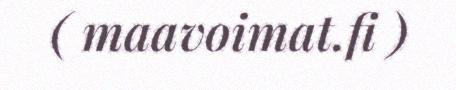
( maavoimat.fi )